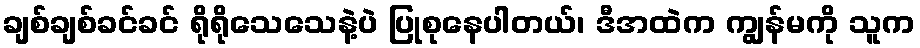
ချစ်ချစ်ခင်ခင် ရိုရိုသေသေနဲ့ပဲ ပြုစုနေပါတယ်၊ ဒီအထဲက ကျွန်မကို သူက